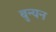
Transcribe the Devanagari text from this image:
बुन्यन